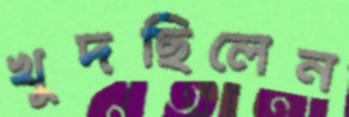
খুদছিলেন